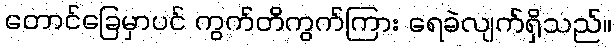
တောင်ခြေမှာပင် ကွက်တိကွက်ကြား ရေခဲလျက်ရှိသည်။